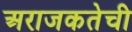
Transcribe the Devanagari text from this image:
अराजकतेची